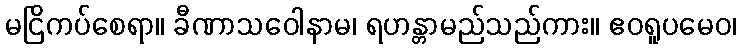
မငြိကပ်စေရာ။ ခီဏာသဝေါနာမ၊ ရဟန္တာမည်သည်ကား။ ဧဝရူပမေဝ၊